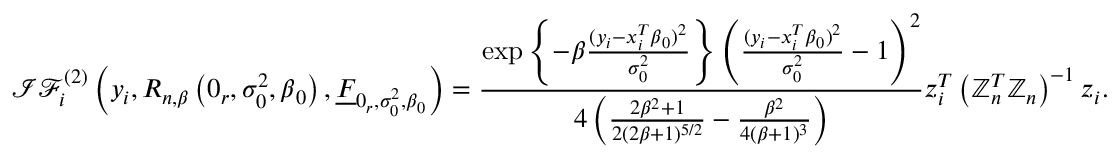
\mathcal { I F } _ { i } ^ { ( 2 ) } \left( y _ { i } , R _ { n , \beta } \left( \boldsymbol { 0 } _ { r } , \sigma _ { 0 } ^ { 2 } , \boldsymbol { \beta } _ { 0 } \right) , \underline { { F } } _ { \boldsymbol { 0 } _ { r } , \sigma _ { 0 } ^ { 2 } , \boldsymbol { \beta } _ { 0 } } \right) = \frac { \exp \left\{ - \beta \frac { ( y _ { i } - \boldsymbol { x } _ { i } ^ { T } \boldsymbol { \beta } _ { 0 } ) ^ { 2 } } { \sigma _ { 0 } ^ { 2 } } \right\} \left( \frac { ( y _ { i } - \boldsymbol { x } _ { i } ^ { T } \boldsymbol { \beta } _ { 0 } ) ^ { 2 } } { \sigma _ { 0 } ^ { 2 } } - 1 \right) ^ { 2 } } { 4 \left( \frac { 2 \beta ^ { 2 } + 1 } { 2 ( 2 \beta + 1 ) ^ { 5 / 2 } } - \frac { \beta ^ { 2 } } { 4 ( \beta + 1 ) ^ { 3 } } \right) } \boldsymbol { z } _ { i } ^ { T } \left( \mathbb { Z } _ { n } ^ { T } \mathbb { Z } _ { n } \right) ^ { - 1 } \boldsymbol { z } _ { i } .